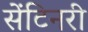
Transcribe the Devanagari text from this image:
सेंटिनरी